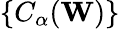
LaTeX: \{ C_{\alpha}(\mathbf{W})\}